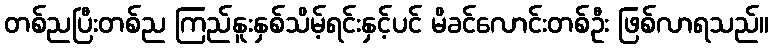
တစ်ညပြီးတစ်ည ကြည်နူးနှစ်သိမ့်ရင်းနှင့်ပင် မိခင်လောင်းတစ်ဦး ဖြစ်လာရသည်။